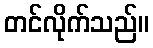
တင်လိုက်သည်။